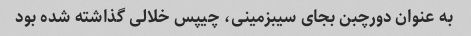
به عنوان دورچبن بجای سیبزمینی، چیپس خلالی گذاشته شده بود